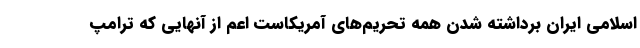
اسلامی ایران برداشته شدن همه تحریم‌های آمریکاست اعم از آنهایی که ترامپ